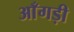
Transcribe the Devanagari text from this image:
आँगड़ी